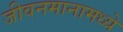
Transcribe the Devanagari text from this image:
जीवनमानामध्ये